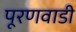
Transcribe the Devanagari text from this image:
पूरणवाडी